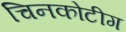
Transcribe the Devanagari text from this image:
चिनकोटीग